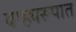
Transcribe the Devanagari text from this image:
बाह्यरूपात